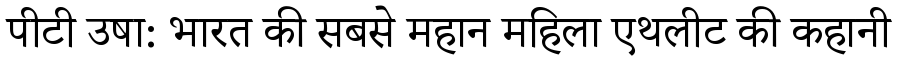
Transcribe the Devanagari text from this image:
पीटी उषा: भारत की सबसे महान महिला एथलीट की कहानी